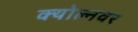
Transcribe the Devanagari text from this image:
क्योल्नवर